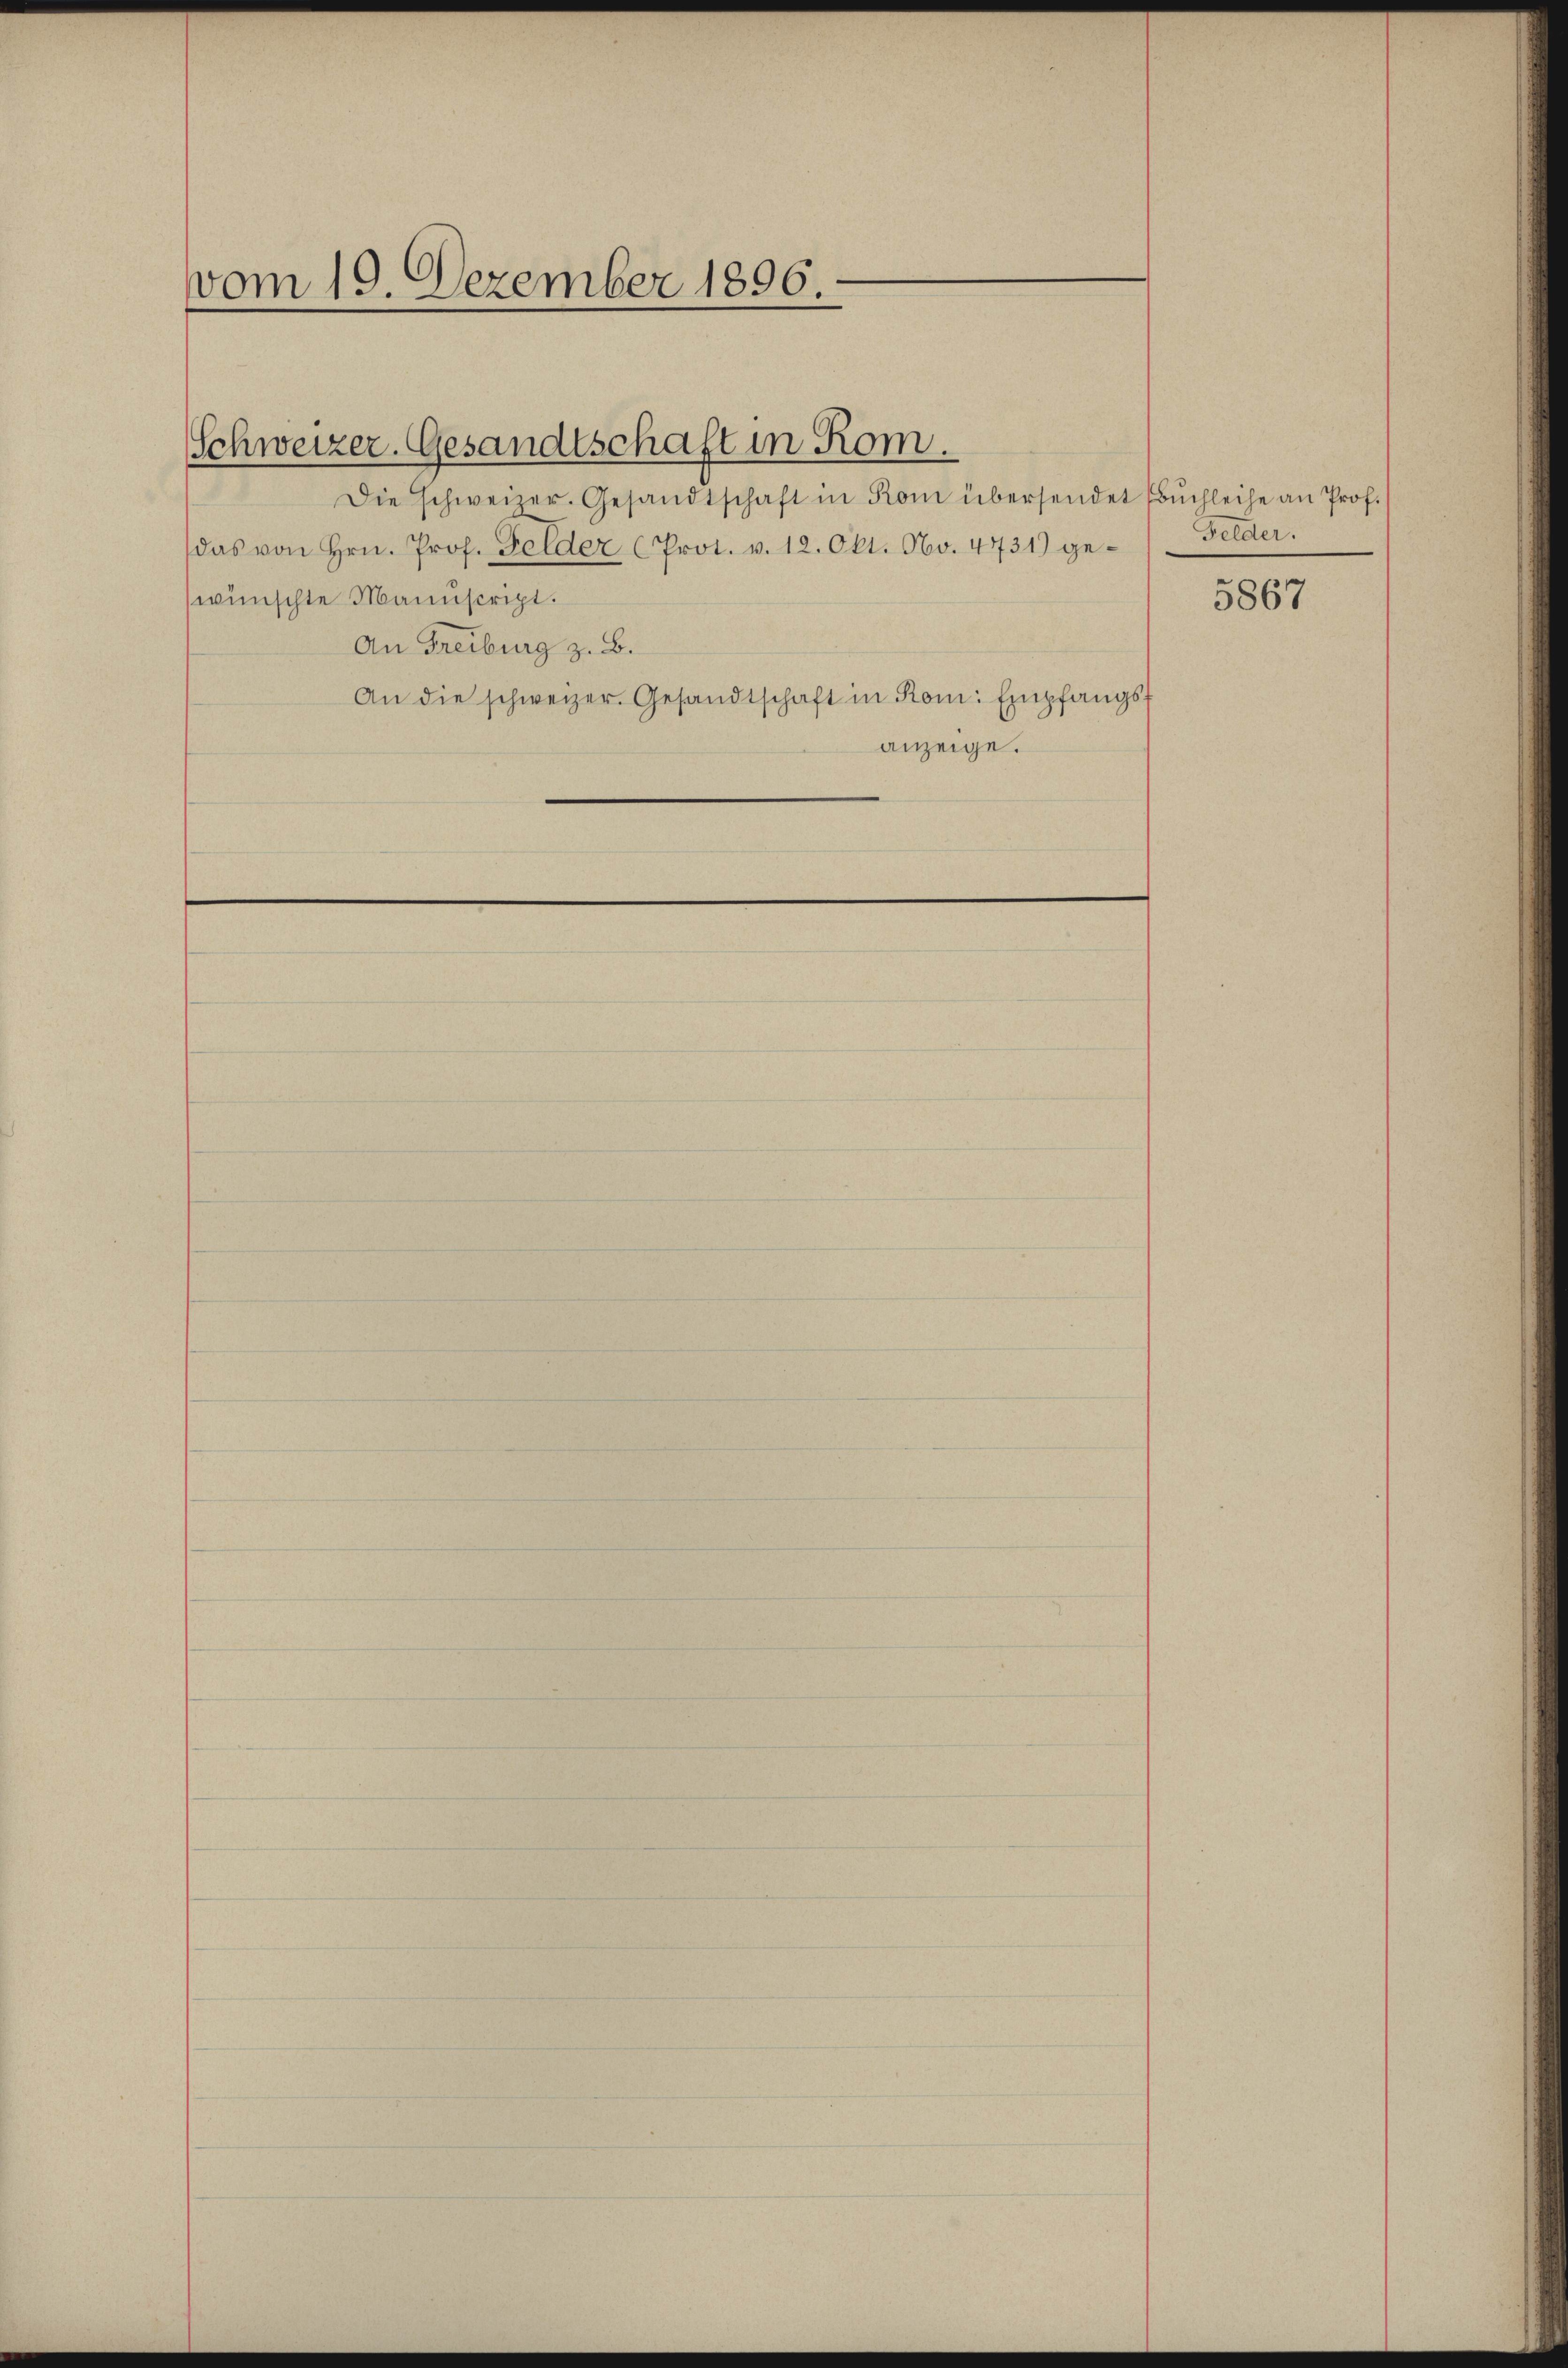
vom 19. Dezember 1896.

Die schweizer. Gesandtschaft in Rom übersendet Bŭchleihe an Prof.
das von Hrn. Prof. Felder (Prot. v. 12. Okt. No. 4731) gewünschte Mannscript.
An Freiburg z. B.
An die schweizer. Gesandtschaft in Rom: Empfangsanzeige.

Schweizer. Gesandtschaft in Rom.

Felder.

5867